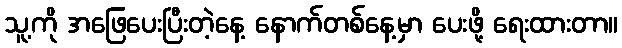
သူ့ကို အဖြေပေးပြီးတဲ့နေ့ နောက်တစ်နေ့မှာ ပေးဖို့ ရေးထားတာ။